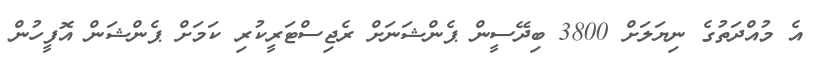
އެ މުއްދަތުގެ ނިޔަލަށް 3800 ބިދޭސީން ޕެންޝަނަށް ރެޖިސްޓަރީކުރި ކަމަށް ޕެންޝަން އޮފީހުން